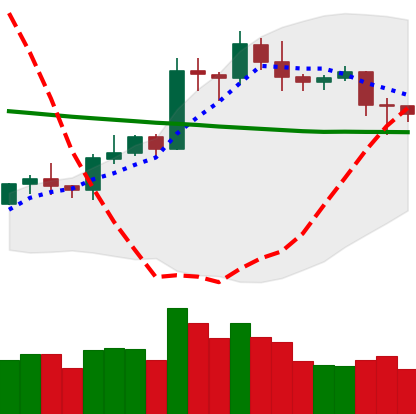
Ticker: LTC-USD
Chart end date: 2020-01-25
Forward return: 26.931%
Label: up_7plus